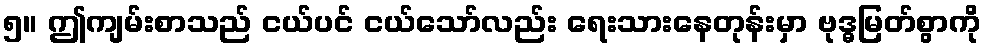
၅။ ဤကျမ်းစာသည် ငယ်ပင် ငယ်သော်လည်း ရေးသားနေတုန်းမှာ ဗုဒ္ဓမြတ်စွာကို